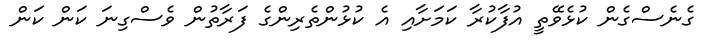
ގެނެސްގެން ކުޅެވޭތީ އުފާކުރާ ކަމަށާއި އެ ކުޅުންތެރިންގެ ފަރާތުން ވެސްގިނަ ކަން ކަން